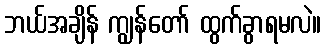
ဘယ်အချိန် ကျွန်တော် ထွက်ခွာရမလဲ။